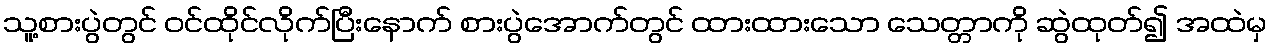
သူ့စားပွဲတွင် ဝင်ထိုင်လိုက်ပြီးနောက် စားပွဲအောက်တွင် ထားထားသော သေတ္တာကို ဆွဲထုတ်၍ အထဲမှ